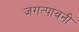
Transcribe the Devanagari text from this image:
जगत्पावनी